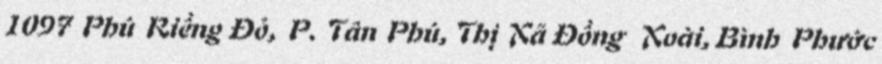
1097 Phú Riềng Đỏ, P. Tân Phú, Thị Xã Đồng Xoài, Bình Phước